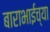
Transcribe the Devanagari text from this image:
बाराभाईच्या